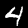
Label: 4